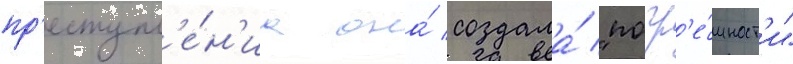
пр'еступл'е́н'иа она́ создала́ "погр'е́шност'и"